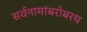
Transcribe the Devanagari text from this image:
सर्वनामांबरोबरच